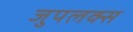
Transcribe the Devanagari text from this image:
जुपलक्स